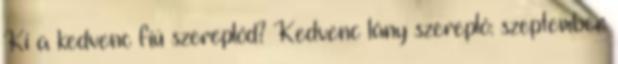
Ki a kedvenc fiú szereplőd? Kedvenc lány szereplő: szeptember